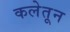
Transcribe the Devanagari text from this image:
कलेतून